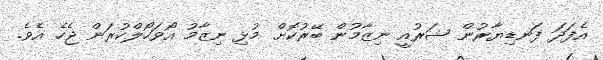
އެފަދަ ފަނޑިޔާރުން ޝަރުއީ ނިޒާމުން ބޭރުކޮށް މުޅި ނިޒާމު އޯވަހޯލްކުރަން ޖެހެ އެވެ.